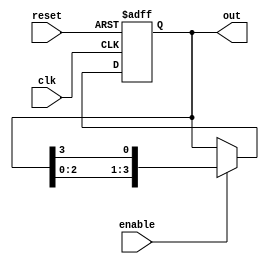
module ring_counter #(
    parameter N = 4  // Number of stages (flip-flops)
)(
    input wire clk,      // Clock input
    input wire reset,    // Reset input
    input wire enable,   // Enable input
    output reg [N-1:0] out // Output of the ring counter
);

// Internal signal to hold the next state
reg [N-1:0] next_state;

// Always block for sequential logic
always @(posedge clk or posedge reset) begin
    if (reset) begin
        // Initialize the counter to the first flip-flop set to '1'
        out <= 1'b1 << 0; // Set the least significant bit to '1'
    end else if (enable) begin
        // Update the state on the clock edge if enabled
        out <= next_state;
    end
end

// Combinational logic to determine the next state
always @(*) begin
    // Shift the '1' to the left, wrapping around
    next_state = {out[N-2:0], out[N-1]}; // Shift left and wrap around
end

endmodule